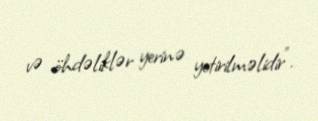
və öhdəliklər yerinə yetirilməlidir".